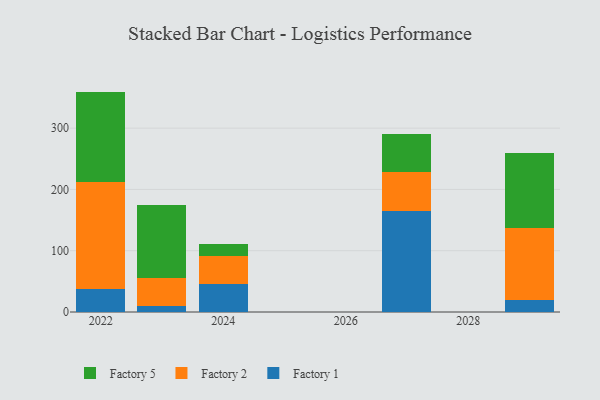
{"axis": {"x": "Year", "y": "Revenue (USD Million)"}, "legend": ["Factory 1", "Factory 2", "Factory 5"], "data": [{"x": "2029", "y": 19.8, "type": "Factory 1"}, {"x": "2029", "y": 117.9, "type": "Factory 2"}, {"x": "2029", "y": 122.5, "type": "Factory 5"}, {"x": "2024", "y": 45.8, "type": "Factory 1"}, {"x": "2024", "y": 45.9, "type": "Factory 2"}, {"x": "2024", "y": 19.6, "type": "Factory 5"}, {"x": "2022", "y": 37.9, "type": "Factory 1"}, {"x": "2022", "y": 174.6, "type": "Factory 2"}, {"x": "2022", "y": 147.1, "type": "Factory 5"}, {"x": "2023", "y": 9.5, "type": "Factory 1"}, {"x": "2023", "y": 45.8, "type": "Factory 2"}, {"x": "2023", "y": 120.1, "type": "Factory 5"}, {"x": "2027", "y": 164.7, "type": "Factory 1"}, {"x": "2027", "y": 63.6, "type": "Factory 2"}, {"x": "2027", "y": 61.8, "type": "Factory 5"}]}